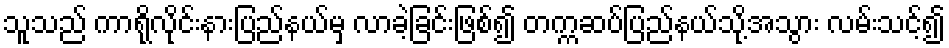
သူသည် ကာရိုလိုင်းနားပြည်နယ်မှ လာခဲ့ခြင်းဖြစ်၍ တက္ကဆပ်ပြည်နယ်သို့အသွား လမ်းသင့်၍